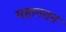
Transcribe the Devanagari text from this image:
महानतन